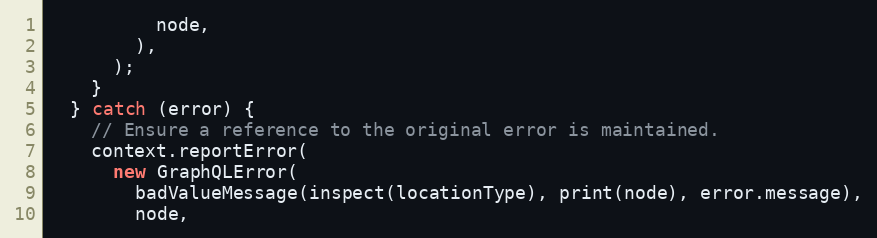
Language: JavaScript
          node,
        ),
      );
    }
  } catch (error) {
    // Ensure a reference to the original error is maintained.
    context.reportError(
      new GraphQLError(
        badValueMessage(inspect(locationType), print(node), error.message),
        node,